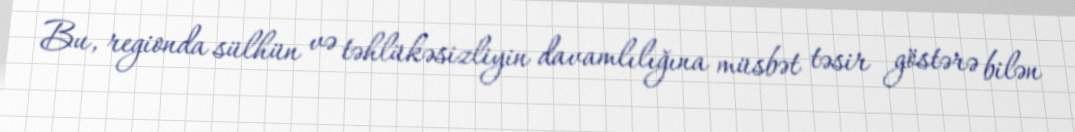
Bu, regionda sülhün və təhlükəsizliyin davamlılığına müsbət təsir göstərə bilən